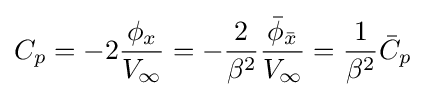
C_{p}=-2{\frac {\phi _{x}}{V_{\infty }}}=-{\frac {2}{\beta ^{2}}}{\frac {{\bar {\phi }}_{\bar {x}}}{V_{\infty }}}={\frac {1}{\beta ^{2}}}{\bar {C}}_{p}